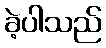
ခဲ့ပါသည်